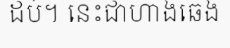
ដប់។ នេះជាហាងឆេង